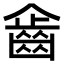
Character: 𪗖